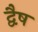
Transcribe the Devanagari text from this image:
द्वैष